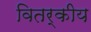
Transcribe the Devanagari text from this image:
वितर्कीय